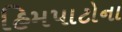
હિમપાટોના